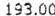
193.00